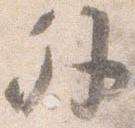
外